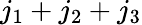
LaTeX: {j_{1}+j_{2}+j_{3}}